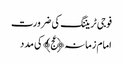
فوجی ٹریننگ کی ضرورت
امام زمانہ﴿عج﴾ کی مدد